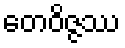
တေဝိဇ္ဇဿ